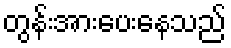
တွန်းအားပေးနေသည်